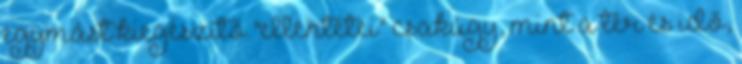
egymást kiegészítő "ellentétei" csakúgy, mint a tér és idő,